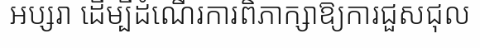
អប្សរា ដើម្បីដំណើរការពិភាក្សាឱ្យការជួសជុល